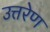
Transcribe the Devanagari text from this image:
उत्तरेण